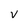
Character: v